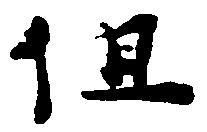
但